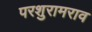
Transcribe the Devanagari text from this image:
परशुरामराव